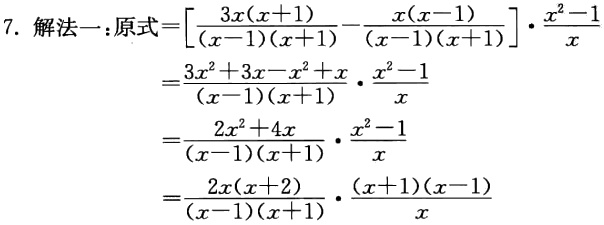
7. 解法一：原式$=\left[\frac{3x(x + 1)}{(x - 1)(x + 1)}-\frac{x(x - 1)}{(x - 1)(x + 1)}\right]\cdot\frac{x^{2}-1}{x}$

$=\frac{3x^{2}+3x - x^{2}+x}{(x - 1)(x + 1)}\cdot\frac{x^{2}-1}{x}$

$=\frac{2x^{2}+4x}{(x - 1)(x + 1)}\cdot\frac{x^{2}-1}{x}$

$=\frac{2x(x + 2)}{(x - 1)(x + 1)}\cdot\frac{(x + 1)(x - 1)}{x}$